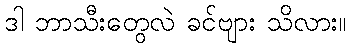
ဒါ ဘာသီးတွေလဲ ခင်ဗျား သိလား။